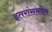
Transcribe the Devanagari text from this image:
इतरांसमवेत